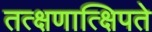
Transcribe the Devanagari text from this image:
तत्क्षणात्क्षिपते